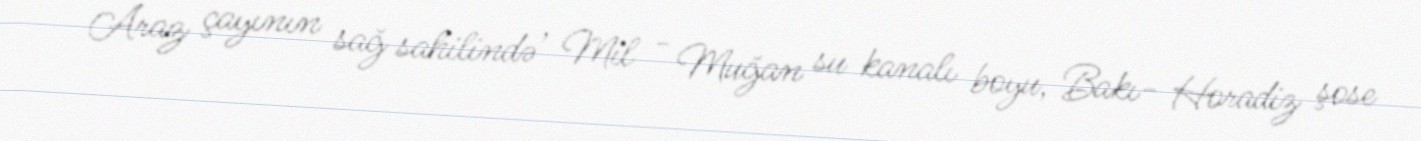
Araz çayının sağ sahilində , Mil - Muğan su kanalı boyu, Bakı- Horadiz şose